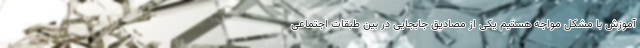
آموزش با مشکل مواجه هستیم یکی از مصادیق جابجایی در بین طبقات اجتماعی